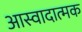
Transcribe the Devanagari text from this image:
आस्वादात्मक